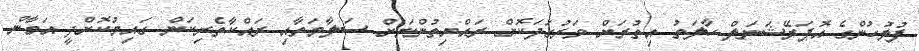
ފުލުހުންގެ އޮޕަރޭޝަނަލް ހާލަތު އިތުރަށް ވަރުގަދަކޮށް ރައްޔިތުންނަށް ސަލާމަތާއި ރައްކާތެރިކަން ގައިމުކޮށްދީ އަމާން